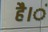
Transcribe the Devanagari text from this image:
है।ं